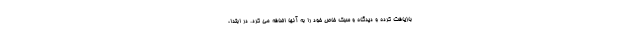
بازیافت کرده و دیدگاه و سبک خاص خود را به آنها اضافه می کرد. در ابتدا،